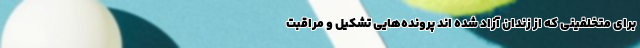
برای متخلفینی که از زندان آزاد شده اند پرونده‌هایی تشکیل و مراقبت